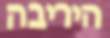
היריבה